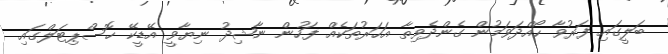
ބަލީގައި ފަރުވާ ހޯއްދަވަމުން ގެންދެވިތާ އަހަރުތަކެއް ފަހުން ނާޝިދު ނިޔާވީ އޭޑީކޭ ހޮސްޕިޓަލްގައި